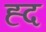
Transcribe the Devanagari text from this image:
ह्द